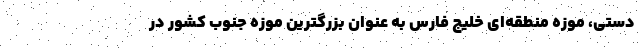
دستی، موزه منطقه‌ای خلیج فارس به عنوان بزرگترین موزه جنوب کشور در